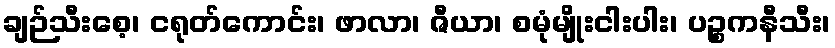
ချဉ်သီးစေ့၊ ငရုတ်ကောင်း၊ ဖာလာ၊ ဇီယာ၊ စမုံမျိုးငါးပါး၊ ပဉ္စကနီသီး၊